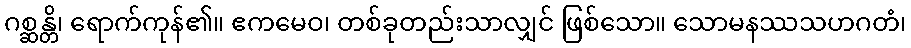
ဂစ္ဆန္တိ၊ ရောက်ကုန်၏။ ဧကမေဝ၊ တစ်ခုတည်းသာလျှင် ဖြစ်သော။ သောမနဿသဟဂတံ၊